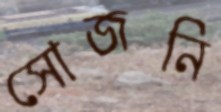
সোজনি